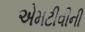
એમટીવીની